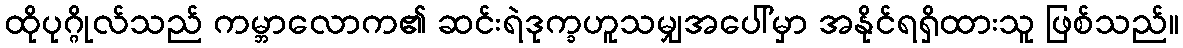
ထိုပုဂ္ဂိုလ်သည် ကမ္ဘာလောက၏ ဆင်းရဲဒုက္ခဟူသမျှအပေါ်မှာ အနိုင်ရရှိထားသူ ဖြစ်သည်။